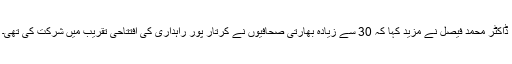
ڈاکٹر محمد فیصل نے مزید کہا کہ 30 سے زیادہ بھارتی صحافیوں نے کرتار پور راہداری کی افتتاحی تقریب میں شرکت کی تھی۔